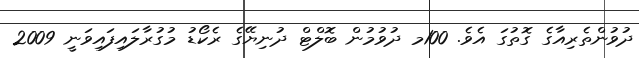
ދުވުންތެރިއާގެ ގޮތުގަ އެވެ. 100މ ދުވުމުން ބޮލްޓް ދުނިޔޭގެ ރެކޯޑު މުގުރާލައިފައިވަނީ 2009